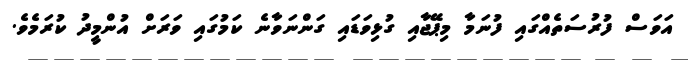
އަވަސް ފުރުސަތެއްގައި ފުނަމާ މިޕޭޖާއި ގުޅިވަޑައި ގަންނަވާނެ ކަމުގައި ވަރަށް އުންމީދު ކުރަމެވެ.